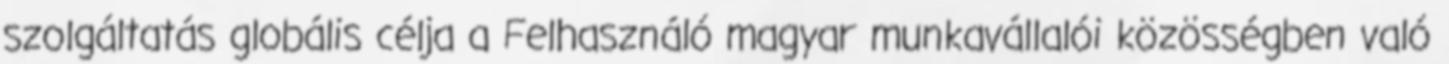
szolgáltatás globális célja a Felhasználó magyar munkavállalói közösségben való